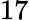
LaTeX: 17